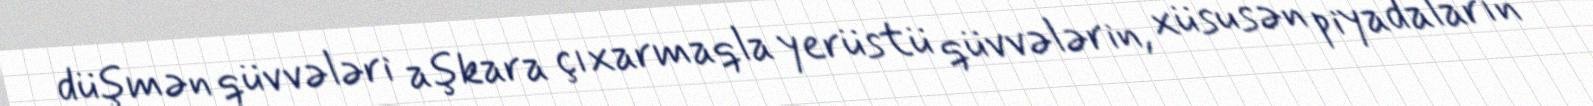
düşmən qüvvələri aşkara çıxarmaqla yerüstü qüvvələrin, xüsusən piyadaların